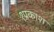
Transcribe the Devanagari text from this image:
१प्रकाश